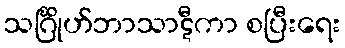
သင်္ဂြိုဟ်ဘာသာဋီကာ စပြီးရေး